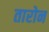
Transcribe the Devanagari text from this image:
तारोन